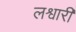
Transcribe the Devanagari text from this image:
लश्वारी